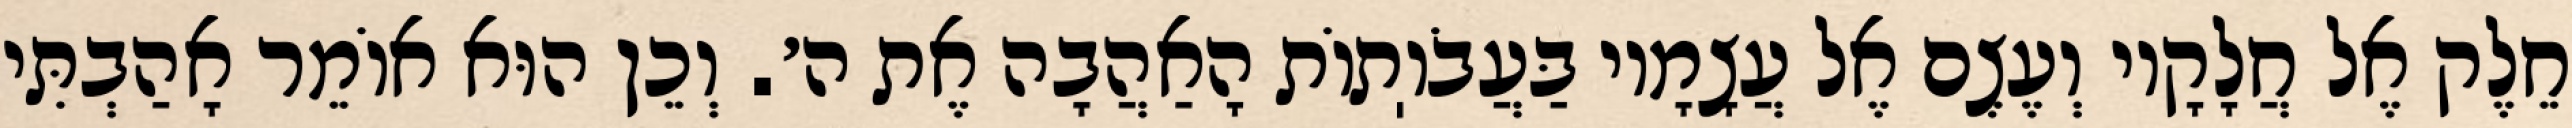
חֵלֶק אֶל חֲלָקָיו וְעֶצֶם אֶל עֲצָמָיו בַּעֲבֹוֽתוֹת הָאַהֲבָה אֶת ה׳. וְכֵן הוּא אוֹמֵר אָהַבְתִּי